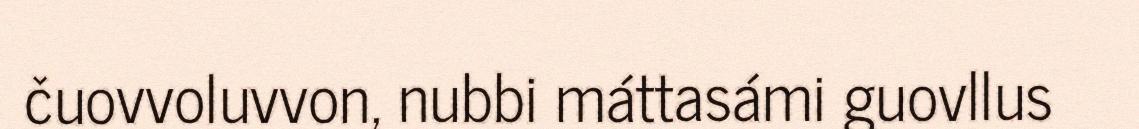
čuovvoluvvon, nubbi máttasámi guovllus